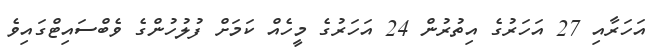
އަހަރާއި 27 އަހަރުގެ އިތުރުން 24 އަހަރުގެ މީހެއް ކަމަށް ފުލުހުންގެ ވެބްސައިޓްގައިވެ